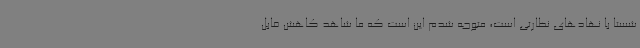
شستا با نهادهای نظارتی است، متوجه شدم این است که ما شاهد کاهش قابل